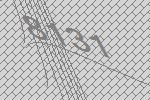
8131